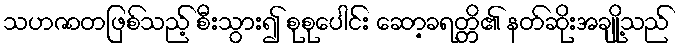
သဟဇာတဖြစ်သည့် စီးသွား၍ စုစုပေါင်း ဆော့ခရတ္တိ၏ နတ်ဆိုးအချို့သည်